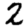
Digit: 2